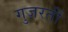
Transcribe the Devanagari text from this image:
गुज़रतीं